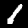
Label: 1